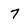
Character: 7